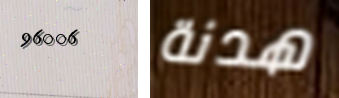
96006 هدنة